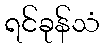
ရင်ခုန်သံ